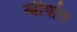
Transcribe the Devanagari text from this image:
स्त्रीयांत